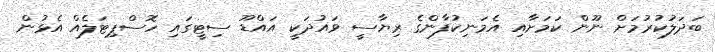
ބަދަލުކުރުމަށް ނޫން ކަމަށާއި އެމަނިކުފާންގެ ރިޔާސީ ވައުދަކީ އައްޑޫ ސިޓީގައި ހޮސްޕިޓަލެއް އެޅުން